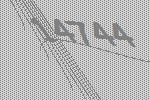
14744